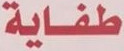
طفاية